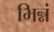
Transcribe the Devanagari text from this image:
भिन्नं